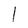
Character: l